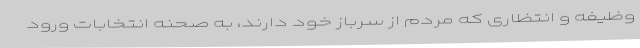
وظیفه و انتظاری که مردم از سرباز خود دارند، به صحنه انتخابات ورود